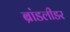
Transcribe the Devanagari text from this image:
ब्रांडलीडर